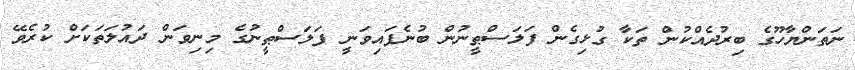
ނަތަންޔާހޫގެ ބިރުދެއްކުން ތަކާ ގުޅިގެން ފަލަސްޠީނުން ބުނެފައިވަނީ ފަލަސްޠީނުގެ މިނިވަން ދައުލަތަކަށް ކުރެވޭ